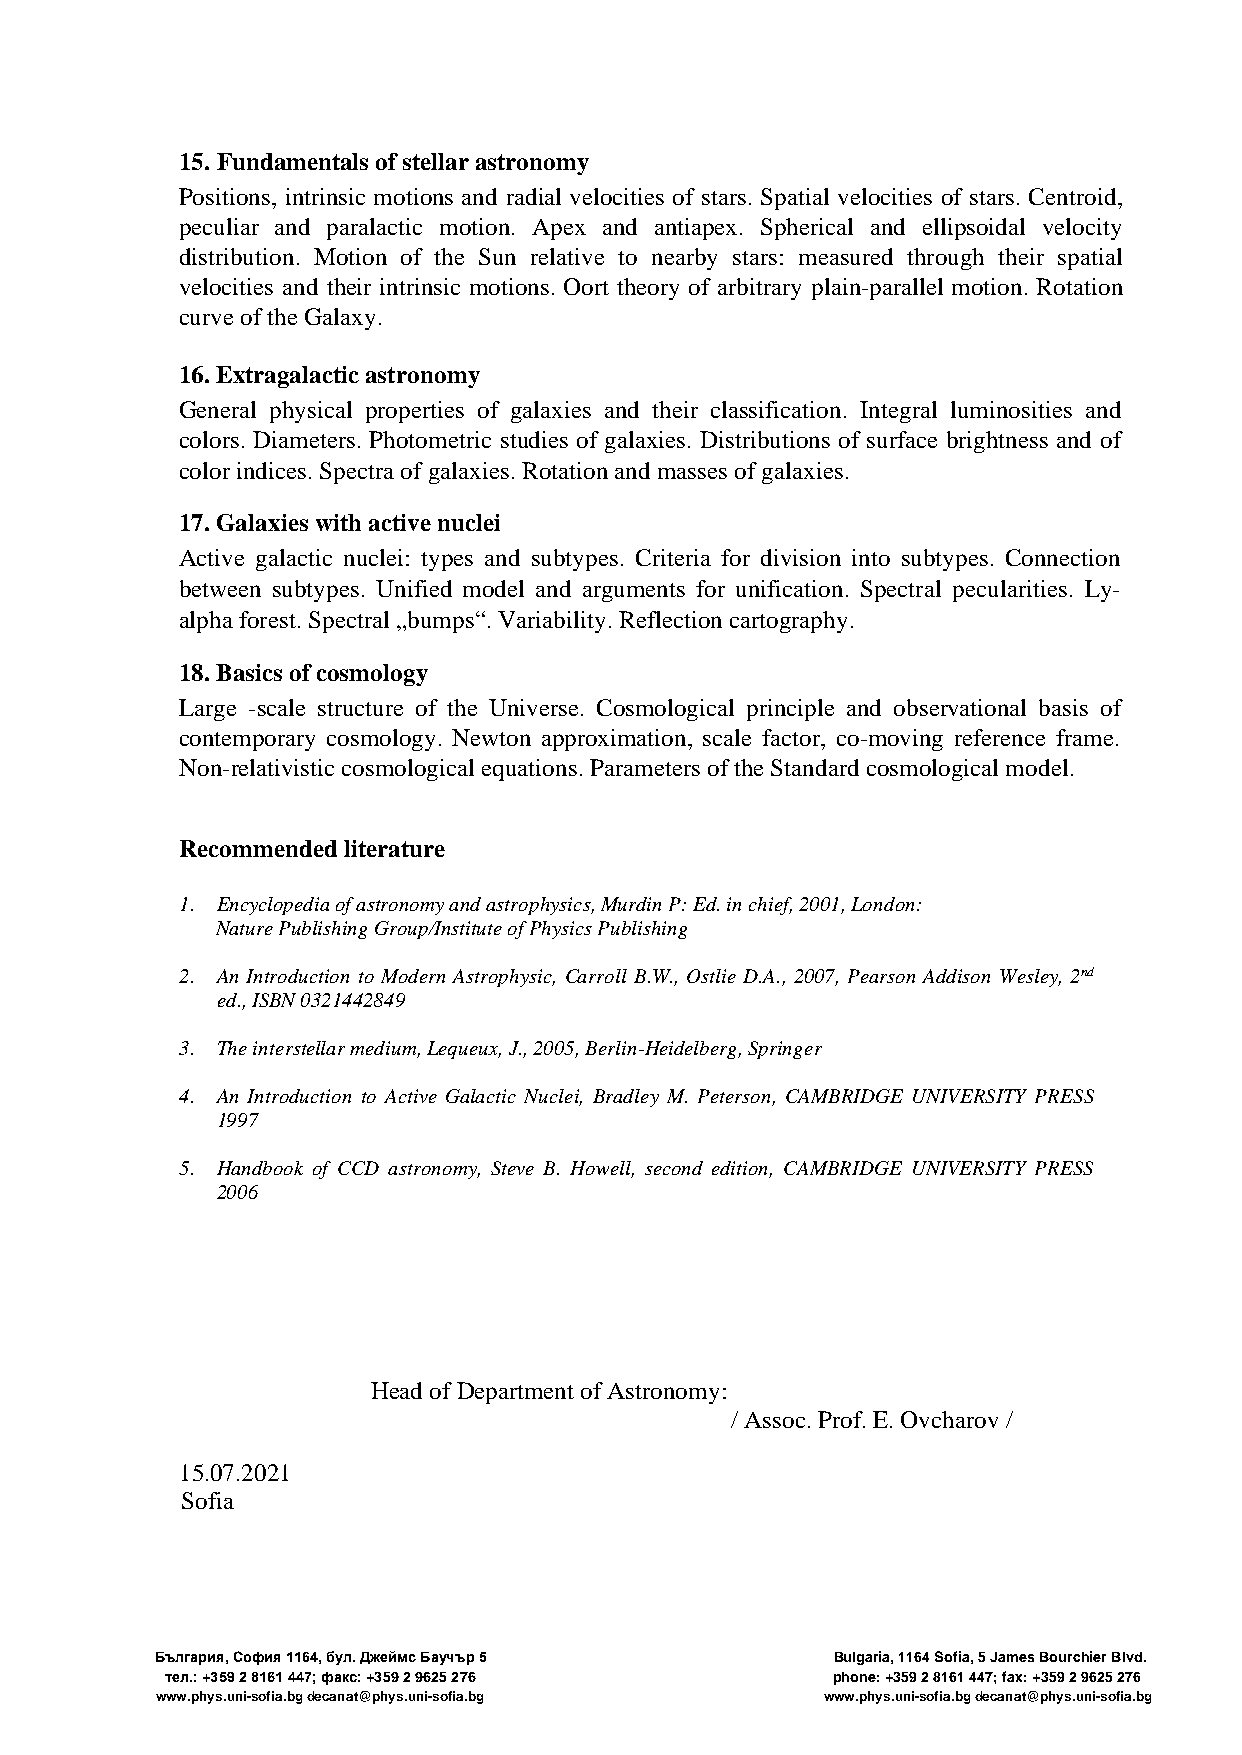
15. Fundamentals of stellar astronomy
 Positions, intrinsic motions and radial velocities of stars. Spatial velocities of stars. Centroid,
 peculiar and paralactic motion. Apex and antiapex. Spherical and ellipsoidal velocity
 distribution. Motion of the Sun relative to nearby stars: measured through their spatial
 velocities and their intrinsic motions. Oort theory of arbitrary plain-parallel motion. Rotation
 curve of the Galaxy.
 16. Extragalactic astronomy
 General physical properties of galaxies and their classification. Integral luminosities and
 colors. Diameters. Photometric studies of galaxies. Distributions of surface brightness and of
 color indices. Spectra of galaxies. Rotation and masses of galaxies.
 17. Galaxies with active nuclei
 Active galactic nuclei: types and subtypes. Criteria for division into subtypes. Connection
 between subtypes. Unified model and arguments for unification. Spectral pecularities. Ly-
 alpha forest. Spectral „bumps“. Variability. Reflection cartography.
 18. Basics of cosmology
 Large -scale structure of the Universe. Cosmological principle and observational basis of
 contemporary cosmology. Newton approximation, scale factor, co-moving reference frame.
 Non-relativistic cosmological equations. Parameters of the Standard cosmological model.
 Recommended literature
 1. Encyclopedia of astronomy and astrophysics, Murdin P: Ed. in chief, 2001, London:
 Nature Publishing Group/Institute of Physics Publishing
 2. An Introduction to Modern Astrophysic, Carroll B.W., Ostlie D.A., 2007, Pearson Addison Wesley, 2nd
 ed., ISBN 0321442849
 3. The interstellar medium, Lequeux, J., 2005, Berlin-Heidelberg, Springer
 4. An Introduction to Active Galactic Nuclei, Bradley M. Peterson, CAMBRIDGE UNIVERSITY PRESS
 1997
 5. Handbook of CCD astronomy, Steve B. Howell, second edition, CAMBRIDGE UNIVERSITY PRESS
 2006
 Head of Department of Astronomy:
 / Assoc. Prof. E. Ovcharov /
 15.07.2021
 Sofia
 България, София 1164, бул. Джеймс Баучър 5   Bulgaria, 1164 Sofia, 5 James Bourchier Blvd.
 тел.: +359 2 8161 447; факс: +359 2 9625 276 phone: +359 2 8161 447; fax: +359 2 9625 276
 www.phys.uni-sofia.bg decanat@phys.uni-sofia.bg www.phys.uni-sofia.bg decanat@phys.uni-sofia.bg